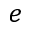
e